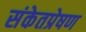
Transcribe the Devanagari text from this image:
संकेतप्रेषण